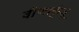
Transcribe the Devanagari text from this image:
वीणाकुंजू